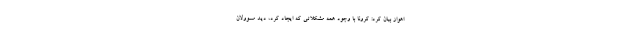
اهواز بیان کرد: کرونا با وجود همه مشکلاتی که ایجاد کرد، دید مسوولان